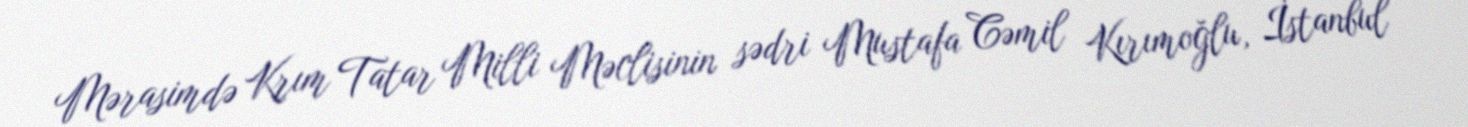
Mərasimdə Krım Tatar Milli Məclisinin sədri Mustafa Cəmil Kırımoğlu, İstanbul